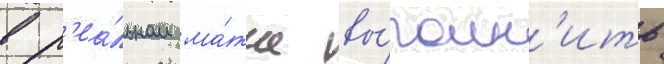
в р'еа́льном ма́тче вы́полн'ить